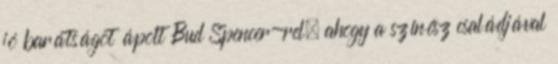
jó barátságot ápolt Bud Spencer-rel, ahogy a színész családjával